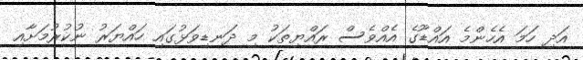
އަދި ހަމަ އެހެންމެ އައްޑޫގެ އެއްވެސް ރައްޔިތަކު މި ދަނޑިވަޅުގައި ހައްޔަރު ނުކުރުމަށާއި